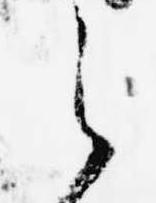
之